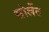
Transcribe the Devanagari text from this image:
सोलेंट